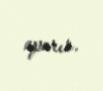
aparır.